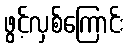
ဖွင့်လှစ်ကြောင်း